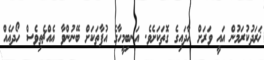
ޚަރަދުކުރަމުން އައީ ވަރަށް އާދައިގެ ގޮތަކަށެވެ. އަނބިމީހާގެ އުފާތަކަށް ބޭނުންވާ އެއްޗެތިވެސް ހޯދައެއް